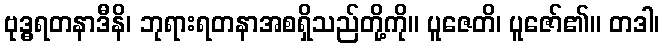
ဗုဒ္ဓရတနာဒီနိ၊ ဘုရားရတနာအစရှိသည်တို့ကို။ ပူဇေတိ၊ ပူဇော်၏။ တဒါ၊